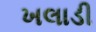
ખલાડી